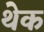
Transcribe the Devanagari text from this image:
थेक